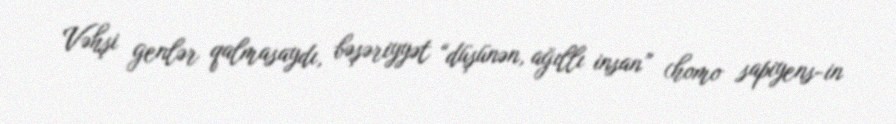
Vəhşi genlər qalmasaydı, bəşəriyyət “düşünən, ağıllı insan” (homo sapiyens-in